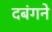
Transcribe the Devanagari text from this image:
दबंगने